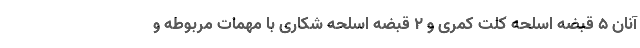
آنان 5 قبضه اسلحه کلت کمری و 2 قبضه اسلحه شکاری با مهمات مربوطه و